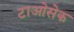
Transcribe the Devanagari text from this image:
टाओसेक